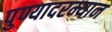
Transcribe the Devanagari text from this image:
पुण्यादरम्यान